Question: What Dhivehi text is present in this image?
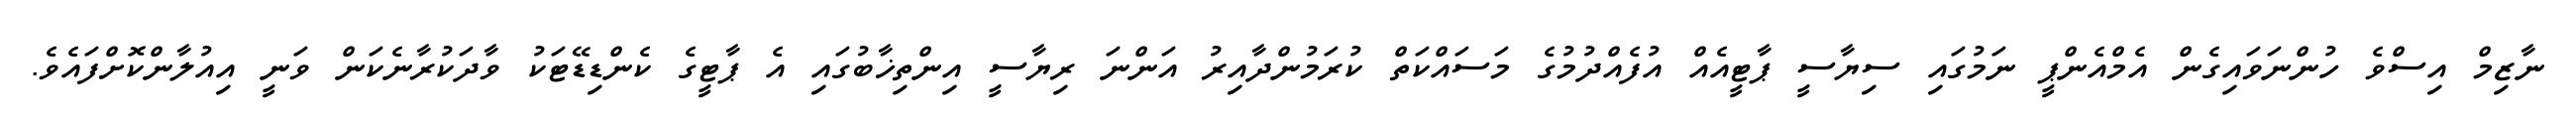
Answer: ނާޒިމް އިސްވެ ހުންނަވައިގެން އެމްއެންޕީ ނަމުގައި ސިޔާސީ ޕާޓީއެއް އުފެއްދުމުގެ މަސައްކަތް ކުރަމުންދާއިރު އަންނަ ރިޔާސީ އިންތިޚާބުގައި އެ ޕާޓީގެ ކެންޑިޑޭޓަކު ވާދަކުރާނެކަން ވަނީ އިއުލާންކޮށްފައެވެ.